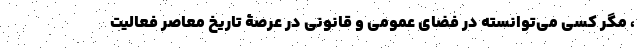
، مگر کسی می‌توانسته در فضای عمومی و قانونی در عرصۀ تاریخ معاصر فعالیت